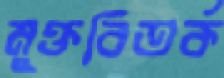
মুক্তবিতর্ক